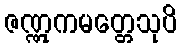
ဇဏ္ဏုကမတ္တေသုပိ